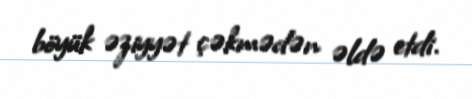
böyük əziyyət çəkmədən əldə etdi.